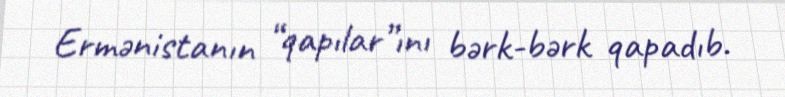
Ermənistanın “qapılar”ını bərk-bərk qapadıb.